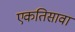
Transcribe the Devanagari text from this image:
एकतिसावा